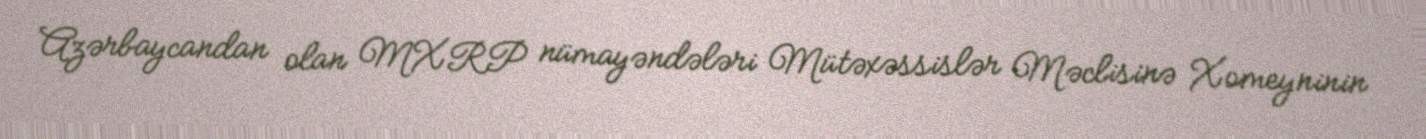
Azərbaycandan olan MXRP nümayəndələri Mütəxəssislər Məclisinə Xomeyninin